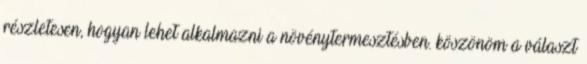
részletesen, hogyan lehet alkalmazni a növénytermesztésben. köszönöm a választ